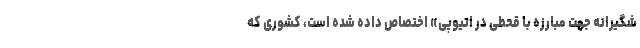
شگیرانه جهت مبارزه با قحطی در اتیوپی» اختصاص داده شده است، کشوری که